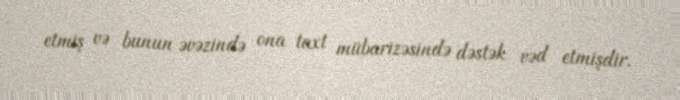
etmiş və bunun əvəzində ona taxt mübarizəsində dəstək vəd etmişdir.